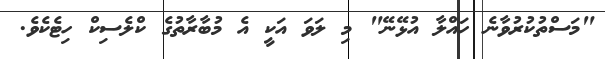
"މަސްތުކުރުވާނެ ހައްލާ އުޅޭނޭ" މި ލަވަ އަކީ އެ މުބާރާތުގެ ކްލެސިކް ހިޓެކެވެ.